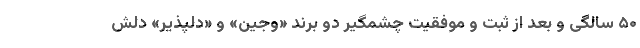
۵۰ سالگی و بعد از ثبت و موفقیت چشمگیر دو برند «وجین» و «دلپذیر» دلش